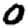
Digit: 0